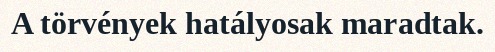
A törvények hatályosak maradtak.